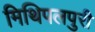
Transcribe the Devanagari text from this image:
मिथिपलपुरी